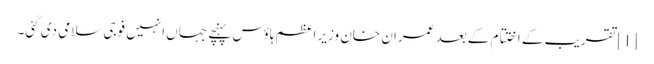
[1] تقریب کے اختتام کے بعد عمران خان وزیر اعظم ہاؤس پہنچے جہاں انہیں فوجی سلامی دی گئی۔